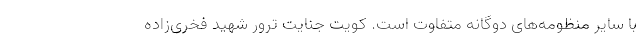
با سایر منظومه‌های دوگانه متفاوت است. کویت جنایت ترور شهید فخری‌زاده